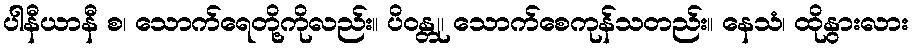
ပါနီယာနီ စ၊ သောက်ရေတို့ကိုလည်း။ ပိဝန္တု၊ သောက်စေကုန်သတည်း။ နေသံ၊ ထိုနွားလား